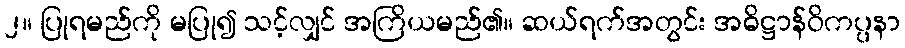
၂။ ပြုရမည်ကို မပြု၍ သင့်လျှင် အကြိယမည်၏။ ဆယ်ရက်အတွင်း အဓိဋ္ဌာန်ဝိကပ္ပနာ